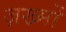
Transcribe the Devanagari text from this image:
ज़ख्‍मों